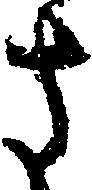
さ